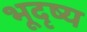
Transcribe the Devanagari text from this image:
भूदृष्य